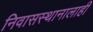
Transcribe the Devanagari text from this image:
निवासस्थानालाही